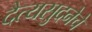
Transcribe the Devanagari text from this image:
दैत्यसुदनेचे